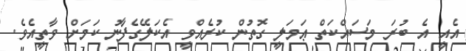
އެއީ އެ ބުރަ މަސައްކަތް ޢަމަލީ ގޮތުން ކުރެއްވީ އެކަލޭގެފާނު ކަމަށް ވާތީއެވެ.